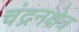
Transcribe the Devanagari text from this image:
चंद्रनक्षेत्र